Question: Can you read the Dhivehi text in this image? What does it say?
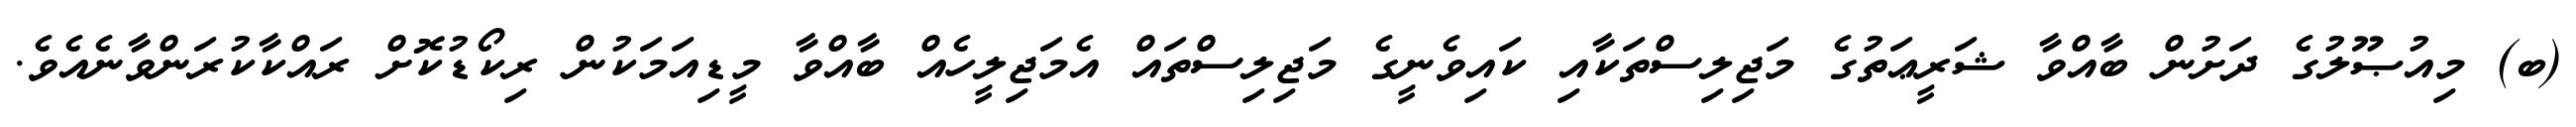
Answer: (ބ) މިއުޞޫލުގެ ދަށުން ބާއްވާ ޝަރީޢަތުގެ މަޖިލިސްތަކާއި ކައިވެނީގެ މަޖިލިސްތައް އެމަޖިލީހެއް ބާއްވާ މީޑިއަމަކުން ރިކޯޑުކޮށް ރައްކާކުރަންވާނެއެވެ.